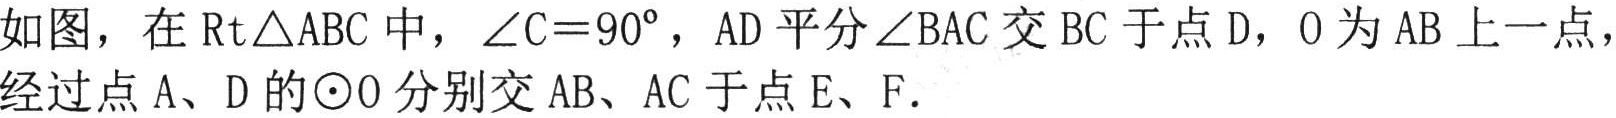
如图，在\(\text{Rt}\triangle ABC\)中，\(\angle C = 90^{\circ}\)，\(AD\)平分\(\angle BAC\)交\(BC\)于点\(D\)，\(O\)为\(AB\)上一点，经过点\(A\)、\(D\)的\(\odot O\)分别交\(AB\)、\(AC\)于点\(E\)、\(F\)．